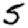
Digit: 5